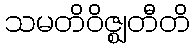
သမတိဝိဇ္ဈတီတိ